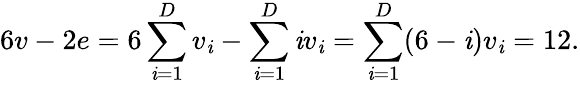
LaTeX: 6v-2e=6\sum_{\mathit{i}=1}^{D}v_{\mathit{i}}-\sum_{\mathit{i}=1}^{D}\mathit{i}v_{\mathit{i}}=\sum_{\mathit{i}=1}^{D}(6-\mathit{i})v_{\mathit{i}}=12.